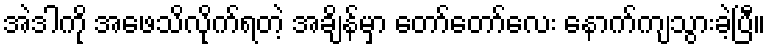
အဲဒါကို အဖေသိလိုက်ရတဲ့ အချိန်မှာ တော်တော်လေး နောက်ကျသွားခဲ့ပြီ။